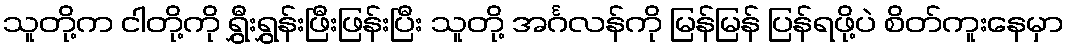
သူတို့က ငါတို့ကို ရွှီးရွှန်းဖြီးဖြန်းပြီး သူတို့ အင်္ဂလန်ကို မြန်မြန် ပြန်ရဖို့ပဲ စိတ်ကူးနေမှာ